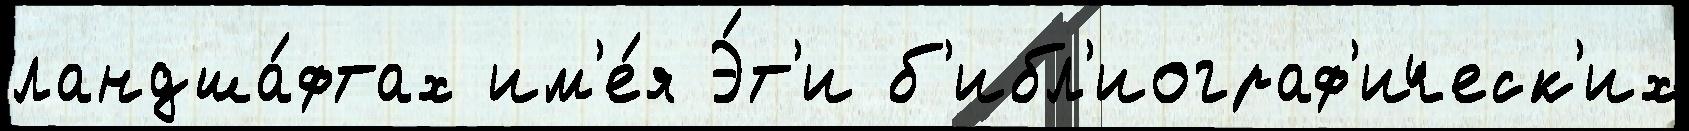
ландша́фтах им'е́я Э́т'и б'ибл'иограф'ическ'их